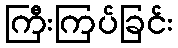
ကြီးကြပ်ခြင်း